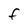
Character: f